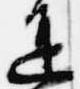
進